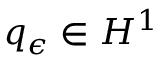
q _ { \epsilon } \in H ^ { 1 }